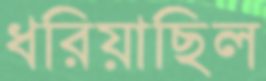
ধরিয়াছিল